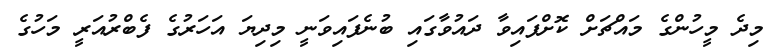
މިދެ މީހުންގެ މައްޗަށް ކޮށްފައިވާ ދައުވާގައި ބުނެފައިވަނީ މިދިޔަ އަހަރުގެ ފެބްރުއަރީ މަހުގެ